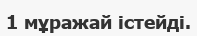
1 мұражай істейді.